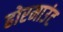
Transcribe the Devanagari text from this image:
होरमाउंट